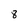
Character: 8